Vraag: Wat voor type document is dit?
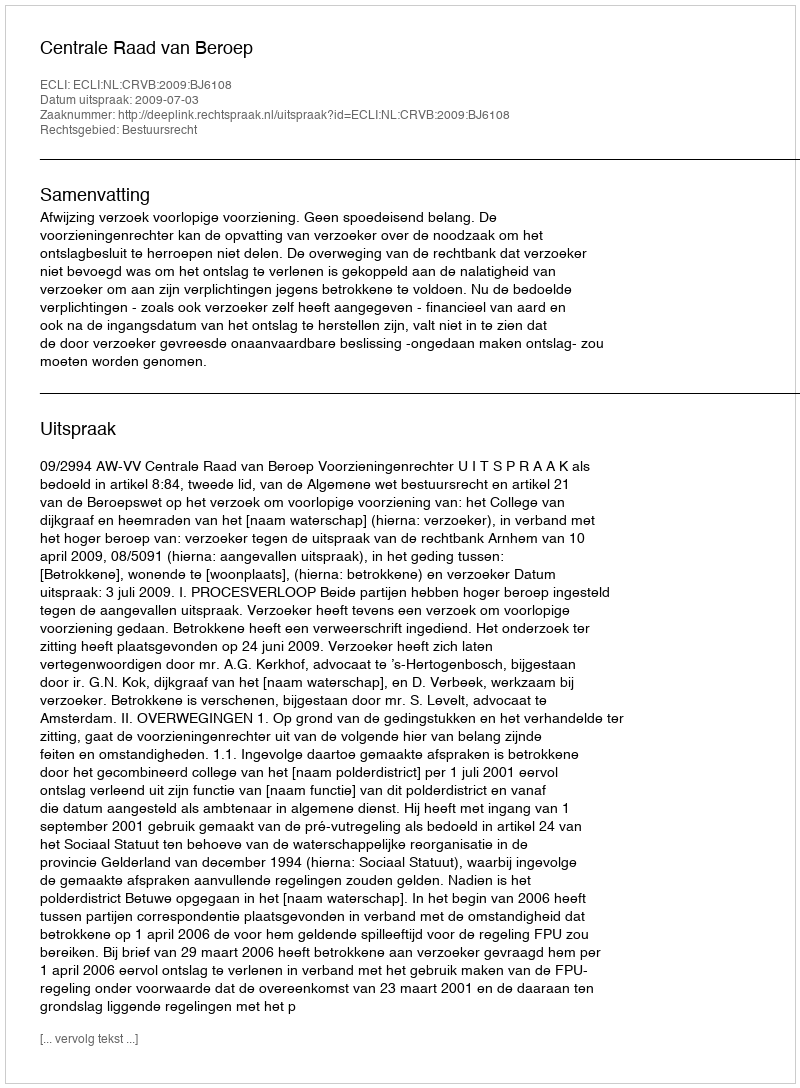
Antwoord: Uitspraak